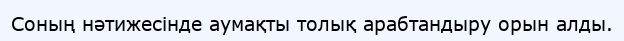
Соның нәтижесінде аумақты толық арабтандыру орын алды.